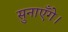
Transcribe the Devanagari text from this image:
सुनाएँगे।